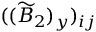
( ( \widetilde { B } _ { 2 } ) _ { y } ) _ { i j }